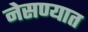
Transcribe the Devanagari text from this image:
नेसण्यात